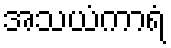
အသယံကာရံ